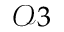
\mathcal { O } 3